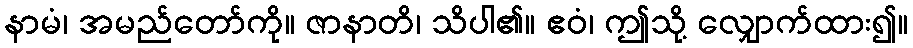
နာမံ၊ အမည်တော်ကို။ ဇာနာတိ၊ သိပါ၏။ ဧဝံ၊ ဤသို့ လျှောက်ထား၍။